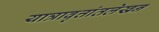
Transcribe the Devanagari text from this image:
यात्रावृत्तांतलेखन